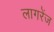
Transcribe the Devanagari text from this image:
लागरेंज